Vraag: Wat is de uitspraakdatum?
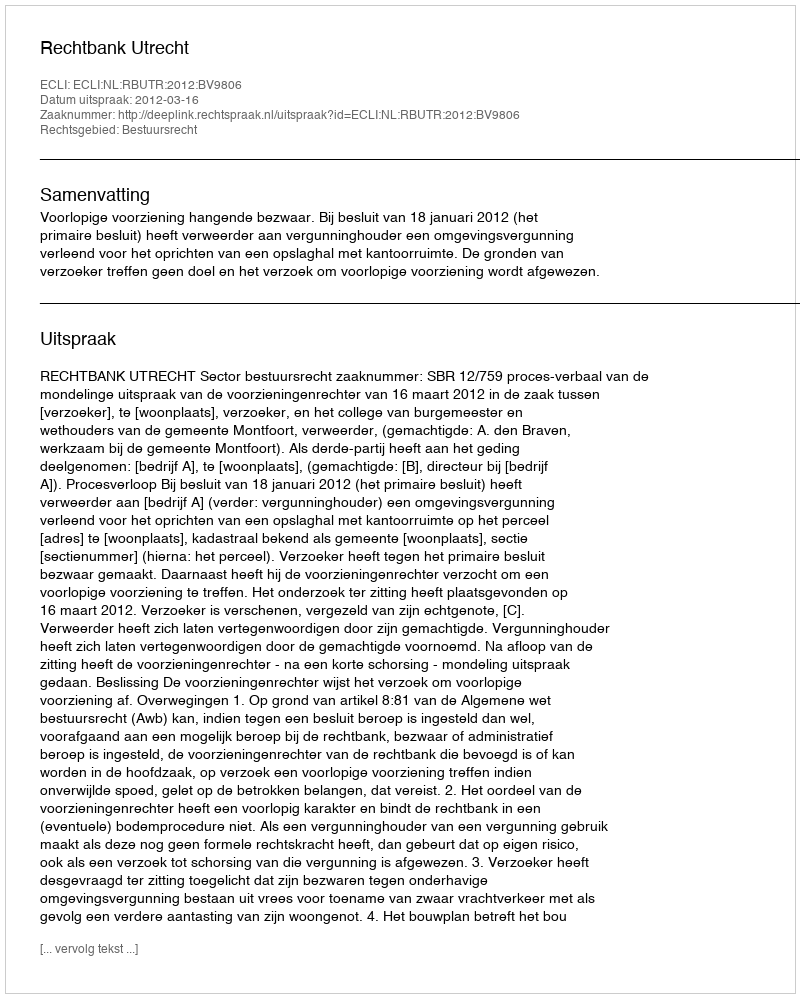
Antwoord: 2012-03-16